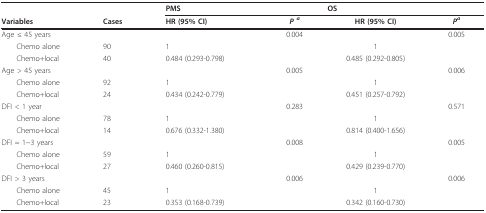
<table><thead><tr><td></td><td></td><td colspan="2"><b>PMS</b></td><td colspan="2"><b>OS</b></td></tr><tr><td><b>Variables</b></td><td><b>Cases</b></td><td><b>HR (95% CI)</b></td><td><b><i>P </i><sup><i>a</i></sup></b></td><td><b>HR (95% CI)</b></td><td><b><i>P</i><sup><i>a</i></sup></b></td></tr></thead><tbody><tr><td>Age ≤ 45 years</td><td></td><td></td><td>0.004</td><td></td><td>0.005</td></tr><tr><td> Chemo alone</td><td>90</td><td>1</td><td></td><td>1</td><td></td></tr><tr><td> Chemo+local</td><td>40</td><td>0.484 (0.293-0.798)</td><td></td><td>0.485 (0.292-0.805)</td><td></td></tr><tr><td>Age &gt; 45 years</td><td></td><td></td><td>0.005</td><td></td><td>0.006</td></tr><tr><td> Chemo alone</td><td>92</td><td>1</td><td></td><td>1</td><td></td></tr><tr><td> Chemo+local</td><td>24</td><td>0.434 (0.242-0.779)</td><td></td><td>0.451 (0.257-0.792)</td><td></td></tr><tr><td>DFI &lt; 1 year</td><td></td><td></td><td>0.283</td><td></td><td>0.571</td></tr><tr><td> Chemo alone</td><td>78</td><td>1</td><td></td><td>1</td><td></td></tr><tr><td> Chemo+local</td><td>14</td><td>0.676 (0.332-1.380)</td><td></td><td>0.814 (0.400-1.656)</td><td></td></tr><tr><td>DFI = 1~3 years</td><td></td><td></td><td>0.008</td><td></td><td>0.005</td></tr><tr><td> Chemo alone</td><td>59</td><td>1</td><td></td><td>1</td><td></td></tr><tr><td> Chemo+local</td><td>27</td><td>0.460 (0.260-0.815)</td><td></td><td>0.429 (0.239-0.770)</td><td></td></tr><tr><td>DFI &gt; 3 years</td><td></td><td></td><td>0.006</td><td></td><td>0.006</td></tr><tr><td> Chemo alone</td><td>45</td><td>1</td><td></td><td>1</td><td></td></tr><tr><td> Chemo+local</td><td>23</td><td>0.353 (0.168-0.739)</td><td></td><td>0.342 (0.160-0.730)</td><td></td></tr></tbody></table>